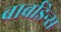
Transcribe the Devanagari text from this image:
बार्बाडेन्स